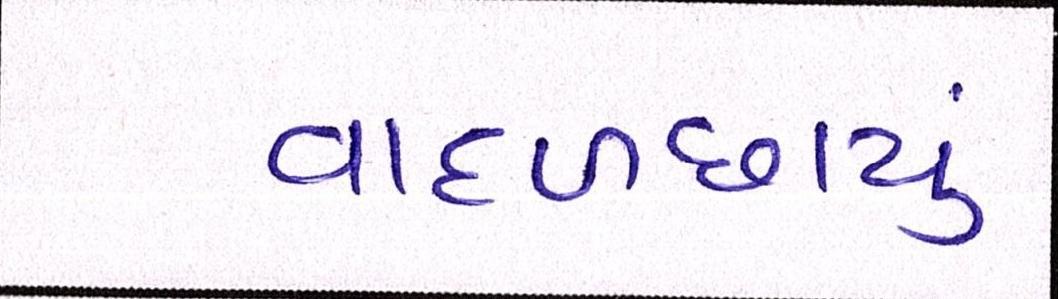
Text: વાદળછાયું